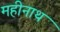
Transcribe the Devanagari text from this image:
महीनाथ